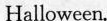
Halloween.